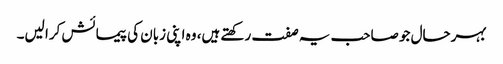
بہرحال جو صاحب یہ صفت رکھتے ہیں، وہ اپنی زبان کی پیمائش کرا لیں۔